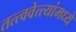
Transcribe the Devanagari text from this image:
तत्त्ववेत्त्यांमध्ये